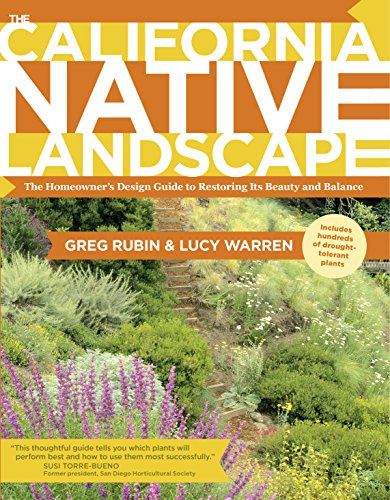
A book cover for The California Native Landscape: The Homeowner's Design Guide to Restoring Its Beauty and Balance; Greg Rubin; Crafts, Hobbies & Home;